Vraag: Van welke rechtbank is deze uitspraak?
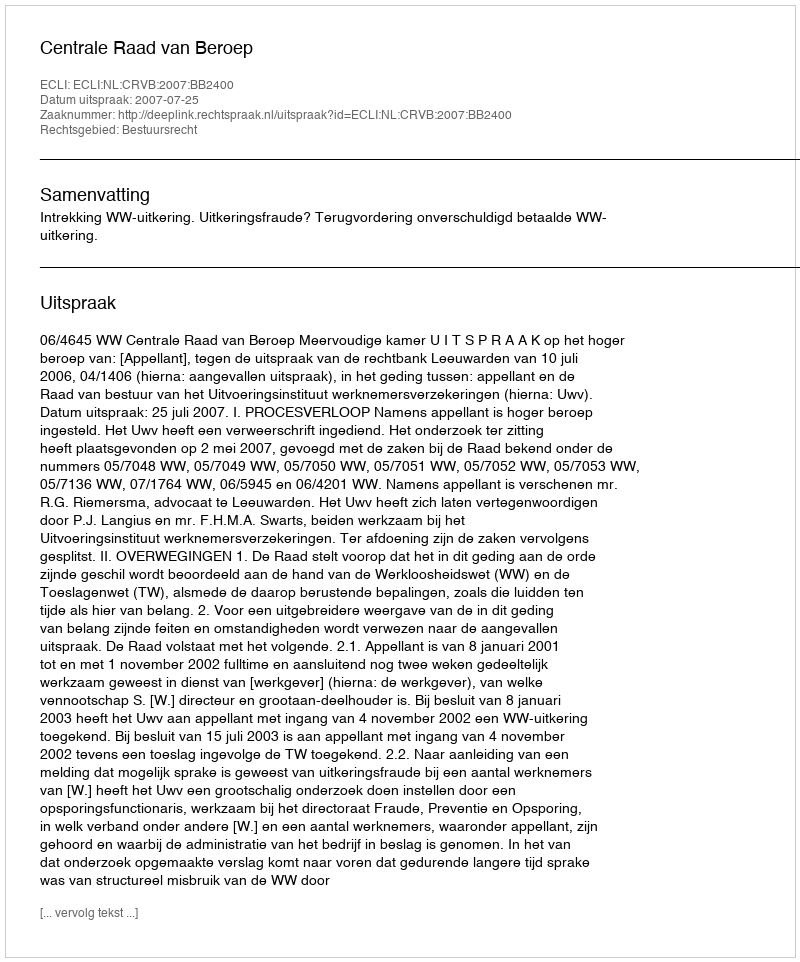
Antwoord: Centrale Raad van Beroep